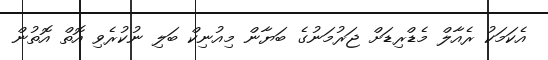
އެކަމަކު ރެއާލް މެޑްރިޑަށް ޖަރުމަނުގެ ބަޔާން މިއުނިކް ބަލި ނުކުރެވި އޮތް އޮތުން